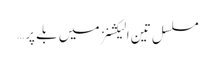
مسلسل تین الیکشنز میں بلے پر…